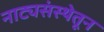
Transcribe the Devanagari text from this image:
नाट्यसंस्थेतून